Lunatic asylums Central Provinces reports 1874-1885 - 1874-1885
Year: 1874
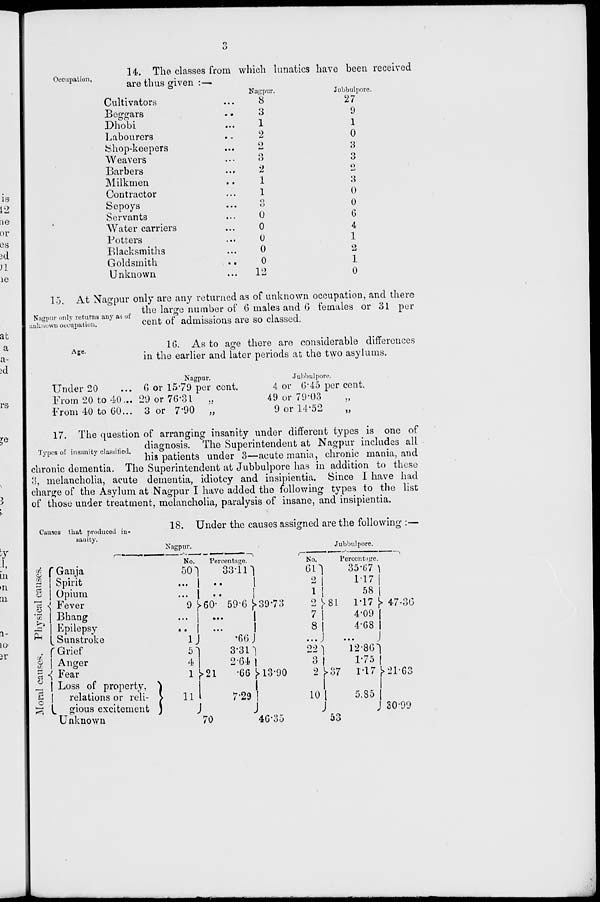
3
Occupation.
14. The classes from which lunatics have been received
are thus given :—
Cultivators ...
Beggars ...
Dhobi ...
Labourers ...
Shop-keepers ...
Weavers ...
Barbers ...
Milkmen ...
Contractor ...
Sepoys ...
Servants ...
Water carriers ...
Potters ...
Blacksmiths ...
Goldsmith
...
Unknown ...
Nagpur.
8
3
1
2
2
3
2
1
1
3
0
0
0
0
0
12
Jubbulpore.
27
9
1
0
3
3
2
3
0
0
6
4
1
2
1
0
Nagpur only returns any as of
unknown occupation.
15. At Nagpur only are any returned as of unknown occupation, and there
the large number of 6 males and 6 females or 31 per
cent of admissions are so classed.
Age.
16. As to age there are considerable differences
in the earlier and later periods at the two asylums.
Under 20 ...
From 20 to 40 ...
From 40 to 60 ...
Nagpur.
6 or 15.79 per cent.
29 or 76.31
„
3 or 7.90
„
Jubbulpore.
4 or 6.45 per cent.
49 or 79.03 „
9 or 14.52
„
Types of insanity classified.
17. The question of arranging insanity under different types is one of
diagnosis. The Superintendent at Nagpur includes all
his patients under 3—acute mania, chronic mania, and
chronic dementia. The Superintendent at Jubbulpore has in addition to these
3, melancholia, acute dementia, idiotcy and insipientia. Since I have had
charge of the Asylum at Nagpur I have added the following types to the list
of those under treatment, melancholia, paralysis of insane, and insipientia.
Causes that produced in-
sanity.
18. Under the causes assigned are the following :—
Moral causes. Physical causes.
Ganja
Spirit
Opium
Fever
Bhang
Epilepsy
Sunstroke
Grief
Anger
Fear
Loss of property,
relations or reli-
gious excitement
Unknown
Nagpur.
No.
50
...
...
9
...
..
1
5
4
1
11
Percentage.
60
21
70
33.11
..
..
59.6
...
...
.66
3.31
2.64
.66
7.29
39.73
13.90
46.35
Jubbulpore.
No.
61
2
1
2
7
8
...
22
3
2
10
Percentage.
81
37
53
35.67
1.17
58
1.17
4.09
4.68
...
12.86
1.75
1.17
5.85
47.36
21.63
30.99